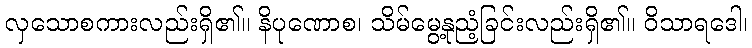
လှသောစကားလည်းရှိ၏။ နိပုဏောစ၊ သိမ်မွေ့နုညံ့ခြင်းလည်းရှိ၏။ ဝိသာရဒေါ၊